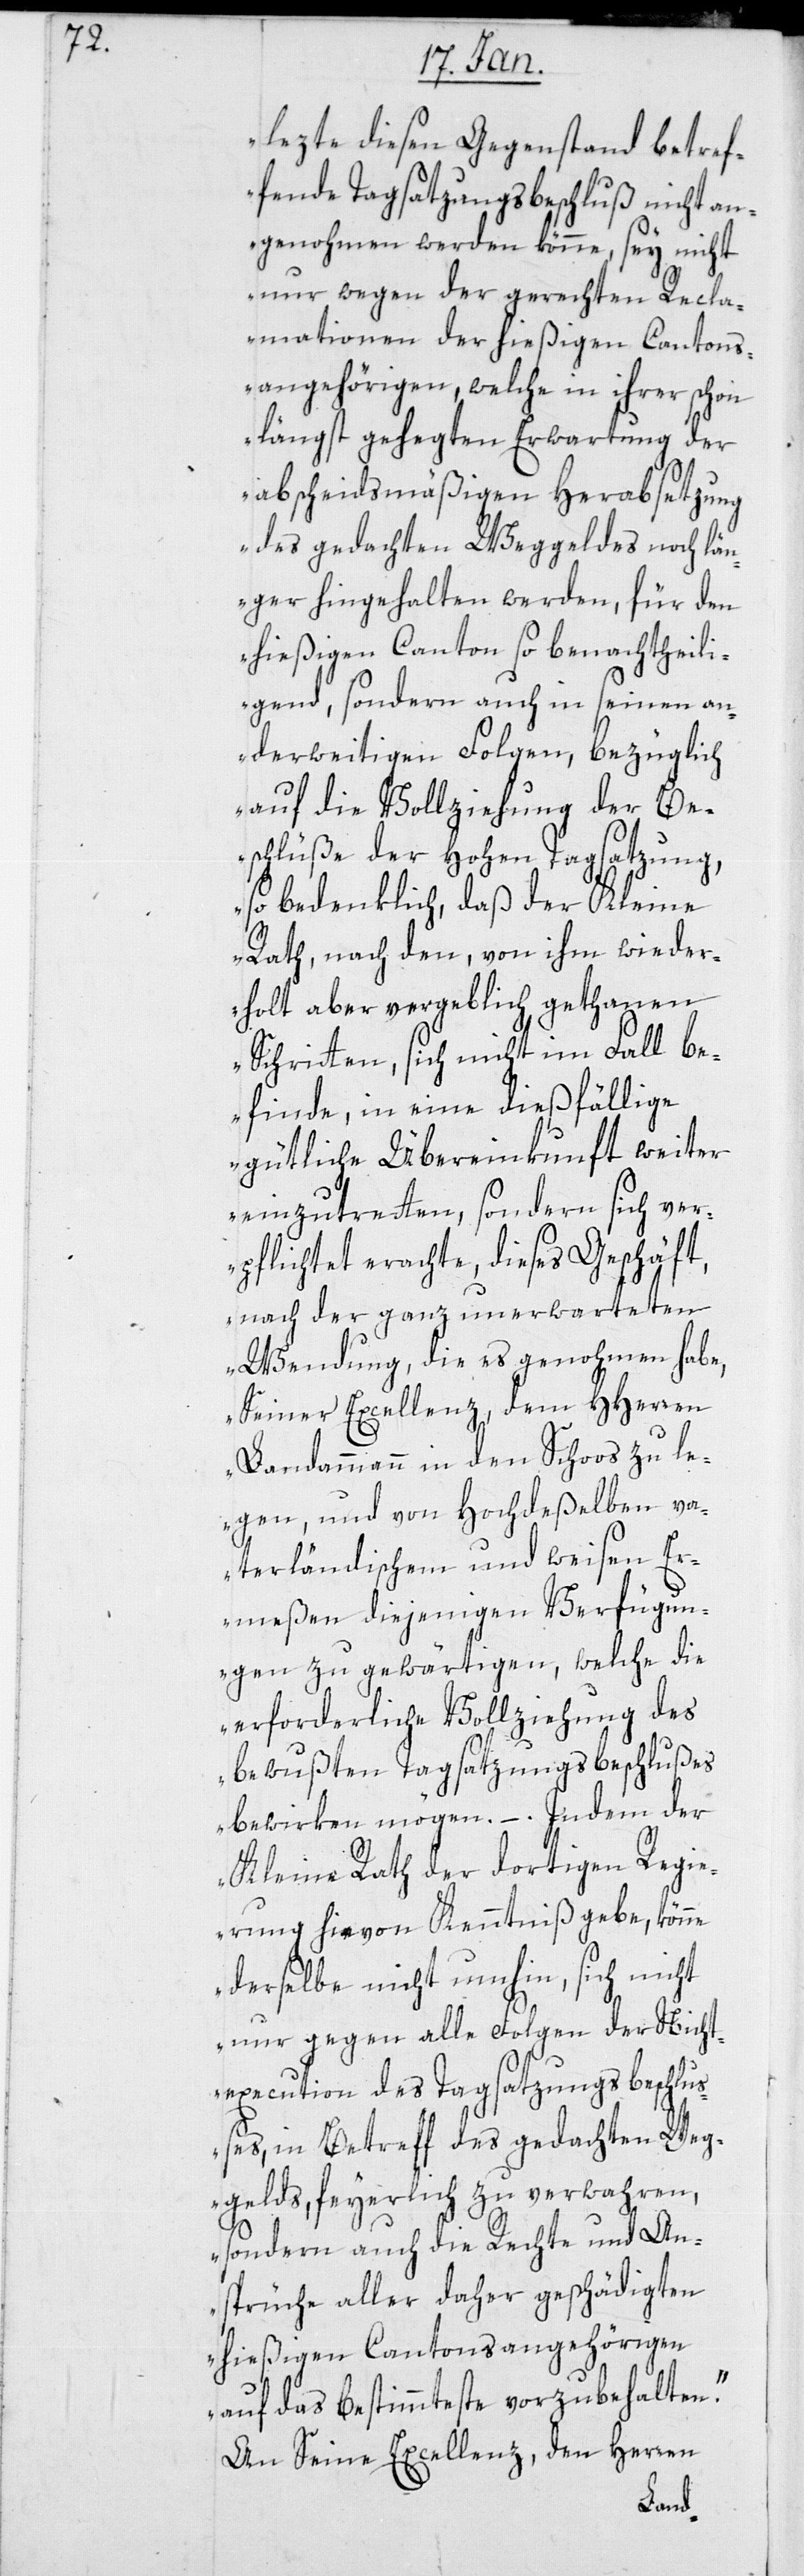
lezte diesen Gegenstand betref¬
fende Tagsatzungsbeschluß nicht an¬
genohmen werden könne, sey nicht
nur wegen der gerechten Recla¬
mationen der hießigen Cantons¬
angehörigen, welche in ihrer schon
längst gehegten Erwartung der
abscheidsmäßigen Herabsetzung
des gedachten Weggeldes noch län¬
ger hingehalten werden, für den
hießigen Canton so benachtheili¬
gend, sondern auch in seinen an¬
derweitigen Folgen, bezüglich
auf die Vollziehung der Be¬
schlüße der Hohen Tagsatzung,
so bedenklich, daß der Kleine
Rath, nach den, von ihm wieder¬
holt aber vergeblich gethanen
Schritten, sich nicht im Fall be¬
finde, in eine dießfällige
gütliche Übereinkunft weiter
einzutretten, sondern sich ver¬
pflichtet erachte, dieses Geschäft,
nach der ganz unerwarteten
Wendung, die es genohmen habe,
Seiner Excellenz, dem HHerren
Landammann in den Schoos zu le¬
gen, und von Hochdeßelben va¬
terländischem und weisen Er¬
meßen diejenigen Verfügun¬
gen zu gewärtigen, welche die
erforderliche Vollziehung des
bewußten Tagsatzungsbeschlußes
bewirken mögen. – . Indem der
Kleine Rath der dortigen Regie¬
rung hievon Kenntniß gebe, könne
derselbe nicht umhin, sich nicht
nur gegen alle Folgen der Nicht¬
execution des Tagsatzungsbeschlu¬
ßes, in Betreff des gedachten Weg¬
gelds, feyerlich zu verwahren,
sondern auch die Rechte und An¬
sprüche aller daher geschädigten
hießigen Cantonsangehörigen
auf das Bestimmteste vorzubehalten."
An Seine Excellenz, den Herren